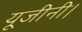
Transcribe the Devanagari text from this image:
यूजीनी।